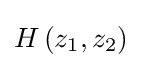
H\left(z_{1},z_{2}\right)